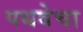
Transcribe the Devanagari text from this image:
पथवेचा